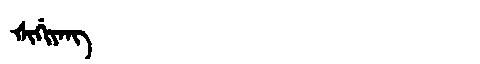
Manchu: ᡧᡳᡤᡳᠶᠠᠩ
Romanization: ŠIGIYANG